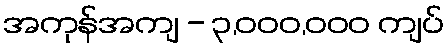
အကုန်အကျ - ၃,၀၀၀,၀၀၀ ကျပ်